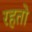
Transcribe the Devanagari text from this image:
रहतो